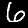
Digit: 6